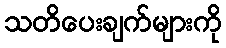
သတိပေးချက်များကို